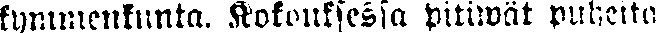
kymmenkunta. Kokouksessa pitiwät puheita